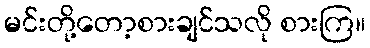
မင်းတို့တော့စားချင်သလို စားကြ။